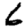
Digit: 6